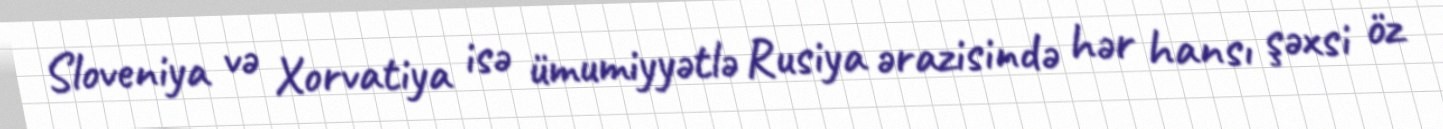
Sloveniya və Xorvatiya isə ümumiyyətlə Rusiya ərazisində hər hansı şəxsi öz